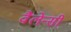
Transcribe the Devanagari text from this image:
वैलेन्सी